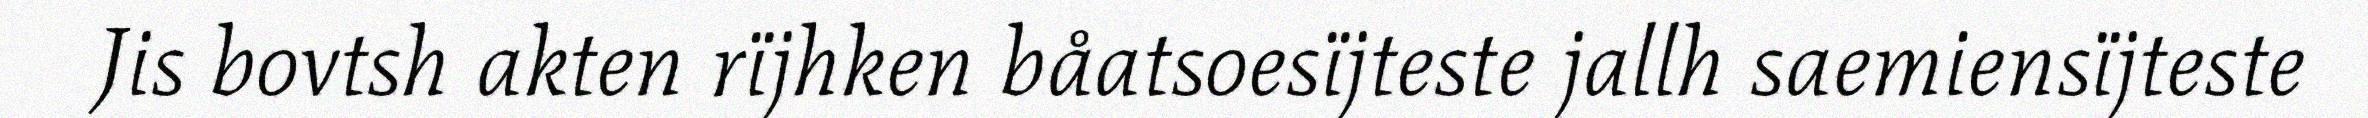
Jis bovtsh akten rïjhken båatsoesïjteste jallh saemiensïjteste